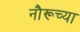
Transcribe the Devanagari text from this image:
नौरूच्या